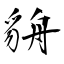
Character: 貈